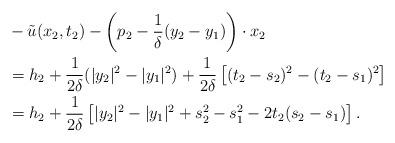
LaTeX: \begin{align*}&-\tilde{u}(x_{2}, t_{2})-\left(p_{2}-\frac{1}{\delta}(y_{2}-y_{1})\right)\cdot x_{2}\\&=h_{2}+\frac{1}{2\delta}(|y_{2}|^{2}-|y_{1}|^{2})+\frac{1}{2\delta}\left[(t_{2}-s_{2})^{2}-(t_{2}-s_{1})^{2}\right]\\&=h_{2}+\frac{1}{2\delta}\left[|y_{2}|^{2}-|y_{1}|^{2}+s_{2}^{2}-s_{1}^{2}-2t_{2}(s_{2}-s_{1})\right].\end{align*}